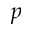
p